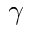
\gamma